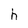
Character: h